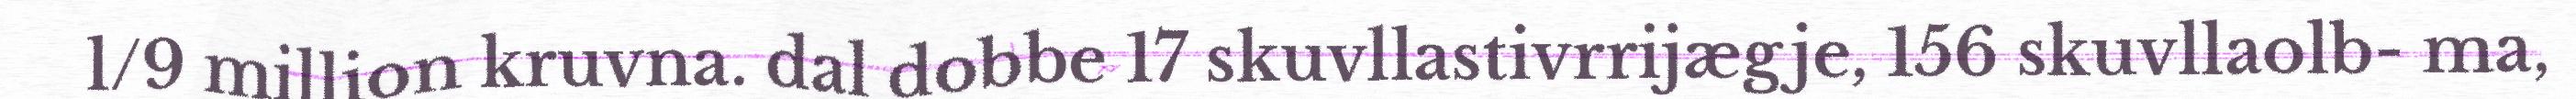
l/9 million kruvna. dal dobbe 17 skuvllastivrrijægje, 156 skuvllaolb- ma,